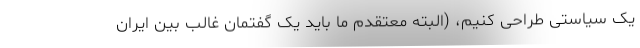
یک سیاستی طراحی کنیم، (البته معتقدم ما باید یک گفتمان غالب بین ایران